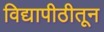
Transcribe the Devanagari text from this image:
विद्यापीठीतून